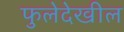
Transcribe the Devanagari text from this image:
फुलेदेखील